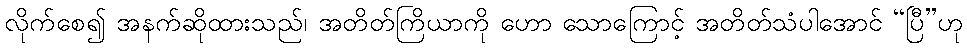
လိုက်စေ၍ အနက်ဆိုထားသည်၊ အတိတ်ကြိယာကို ဟော သောကြောင့် အတိတ်သံပါအောင် “ပြီ”ဟု